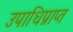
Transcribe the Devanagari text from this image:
उपाधिप्राप्त